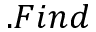
. F i n d